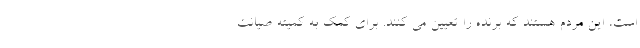
است، این مردم هستند که برنده را تعیین می کنند. برای کمک به کمیته صیانت